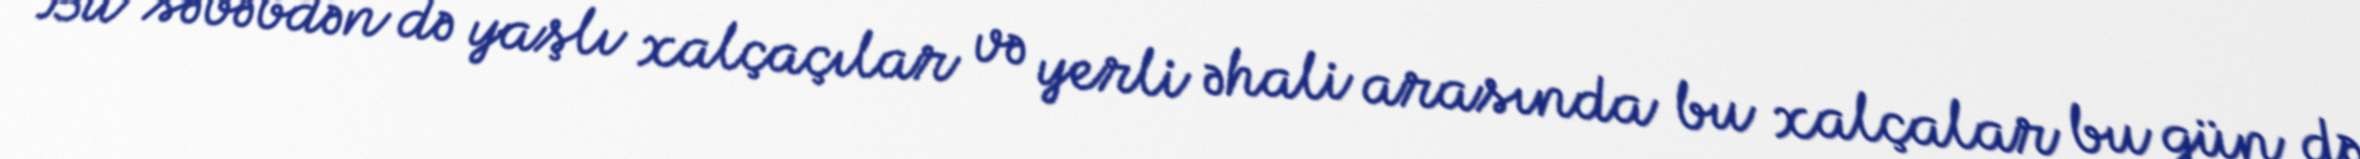
Bu səbəbdən də yaşlı xalçaçılar və yerli əhali arasında bu xalçalar bu gün də